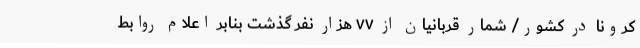
کرونا در کشور/ شمار قربانیان از ۷۷ هزار نفر گذشت بنابر اعلام روابط